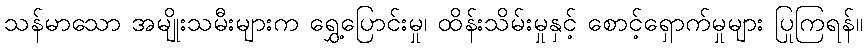
သန်မာသော အမျိုးသမီးများက ရွှေ့ပြောင်းမှု၊ ထိန်းသိမ်းမှုနှင့် စောင့်ရှောက်မှုများ ပြုကြရန်။